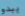
يبدو